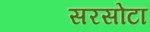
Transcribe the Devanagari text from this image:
सरसोटा